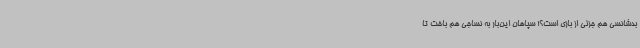
بدشانسی هم جزئی از بازی است؟! سپاهان این‌بار به نساجی هم باخت تا